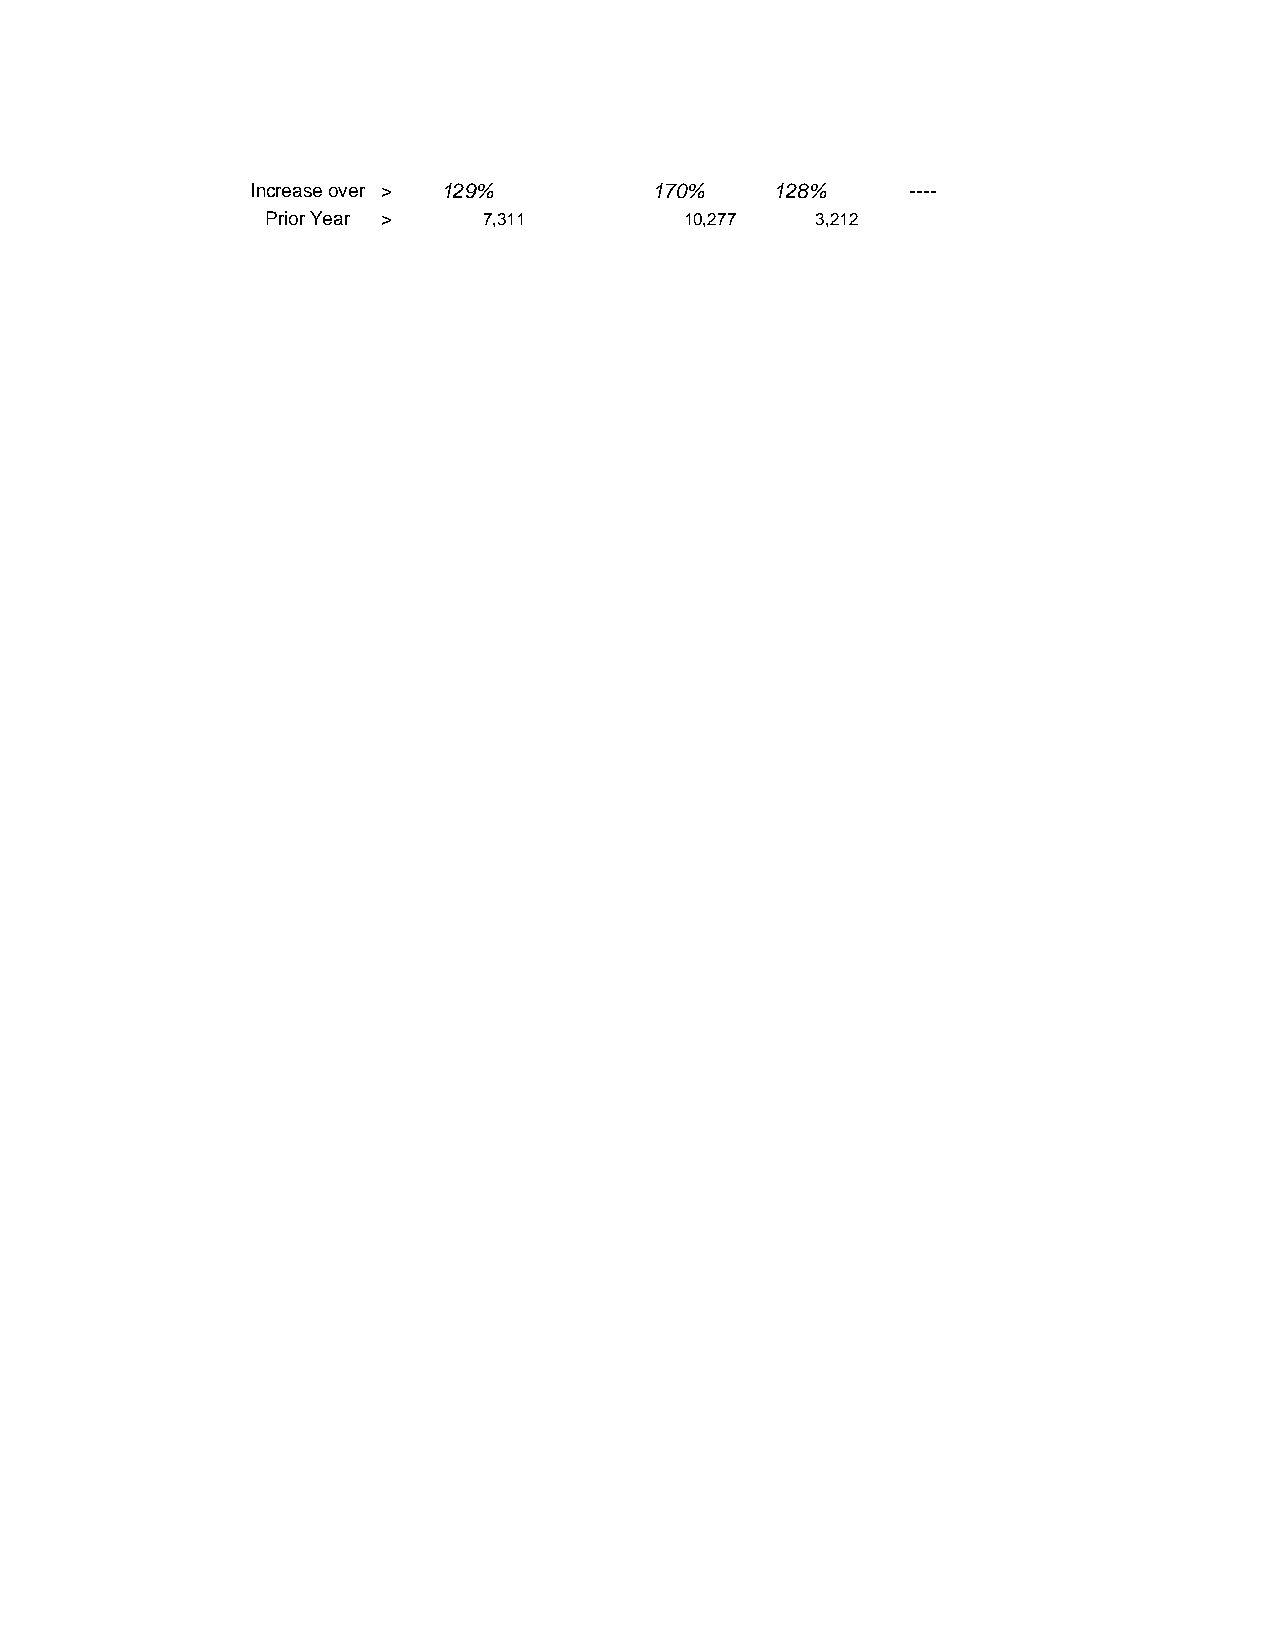
Increase over > 129%      170%    128%     ----
 Prior Year >  7,311        10,277   3,212